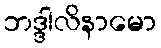
ဘဒ္ဒါလိနာမော